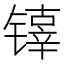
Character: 𰾵